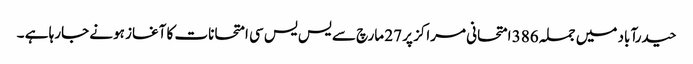
حیدرآباد میں جملہ 386 امتحانی مراکز پر 27 مارچ سے یس یس سی امتحانات کا آغاز ہونے جارہا ہے ۔